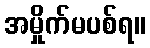
အမှိုက်မပစ်ရ။